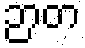
ဉာတ